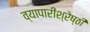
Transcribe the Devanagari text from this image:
व्यापारीश्रेष्ठी